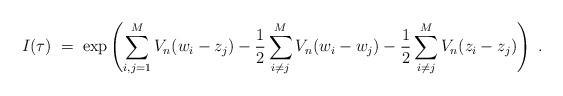
LaTeX: \begin{align*}I(\tau) \; = \; \exp \left( \sum_{i,j=1}^M V_n(w_i - z_j) - \frac{1}{2}\sum_{i \neq j}^M V_n(w_i - w_j)- \frac{1}{2}\sum_{i \neq j}^M V_n(z_i - z_j) \right) \; .\end{align*}